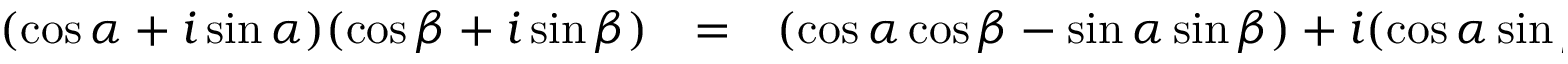
\begin{array} { r c l } { ( \cos \alpha + i \sin \alpha ) ( \cos \beta + i \sin \beta ) } & { = } & { ( \cos \alpha \cos \beta - \sin \alpha \sin \beta ) + i ( \cos \alpha \sin \beta + \sin \alpha \cos \beta ) } \end{array}